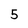
Character: 5